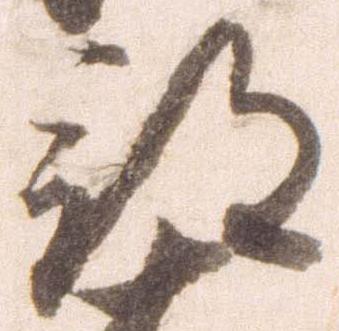
部